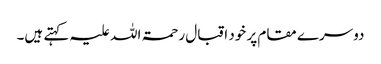
دوسرے مقام پر خود اقبال رحمۃ اللہ علیہ کہتے ہیں۔